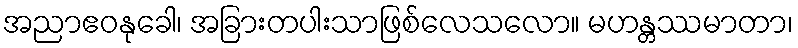
အညာဧဝနုခေါ၊ အခြားတပါးသာဖြစ်လေသလော။ မဟန္တဿမာတာ၊